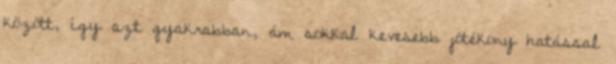
között, így azt gyakrabban, ám sokkal kevesebb jótékony hatással